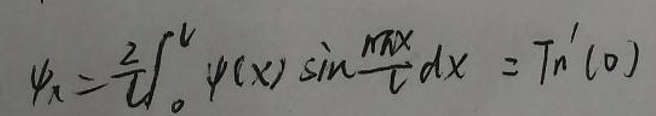
\(\varphi _ { n } = \frac { 2 } { l } \int _ { 0 } ^ { l } \varphi ( x ) \sin \frac { n \pi x } { l } d x = T _ { n } ^ { \prime } ( 0 )\)